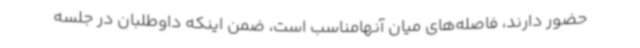
حضور دارند، فاصله‌های میان آنهامناسب است، ضمن اینکه داوطلبان در جلسه